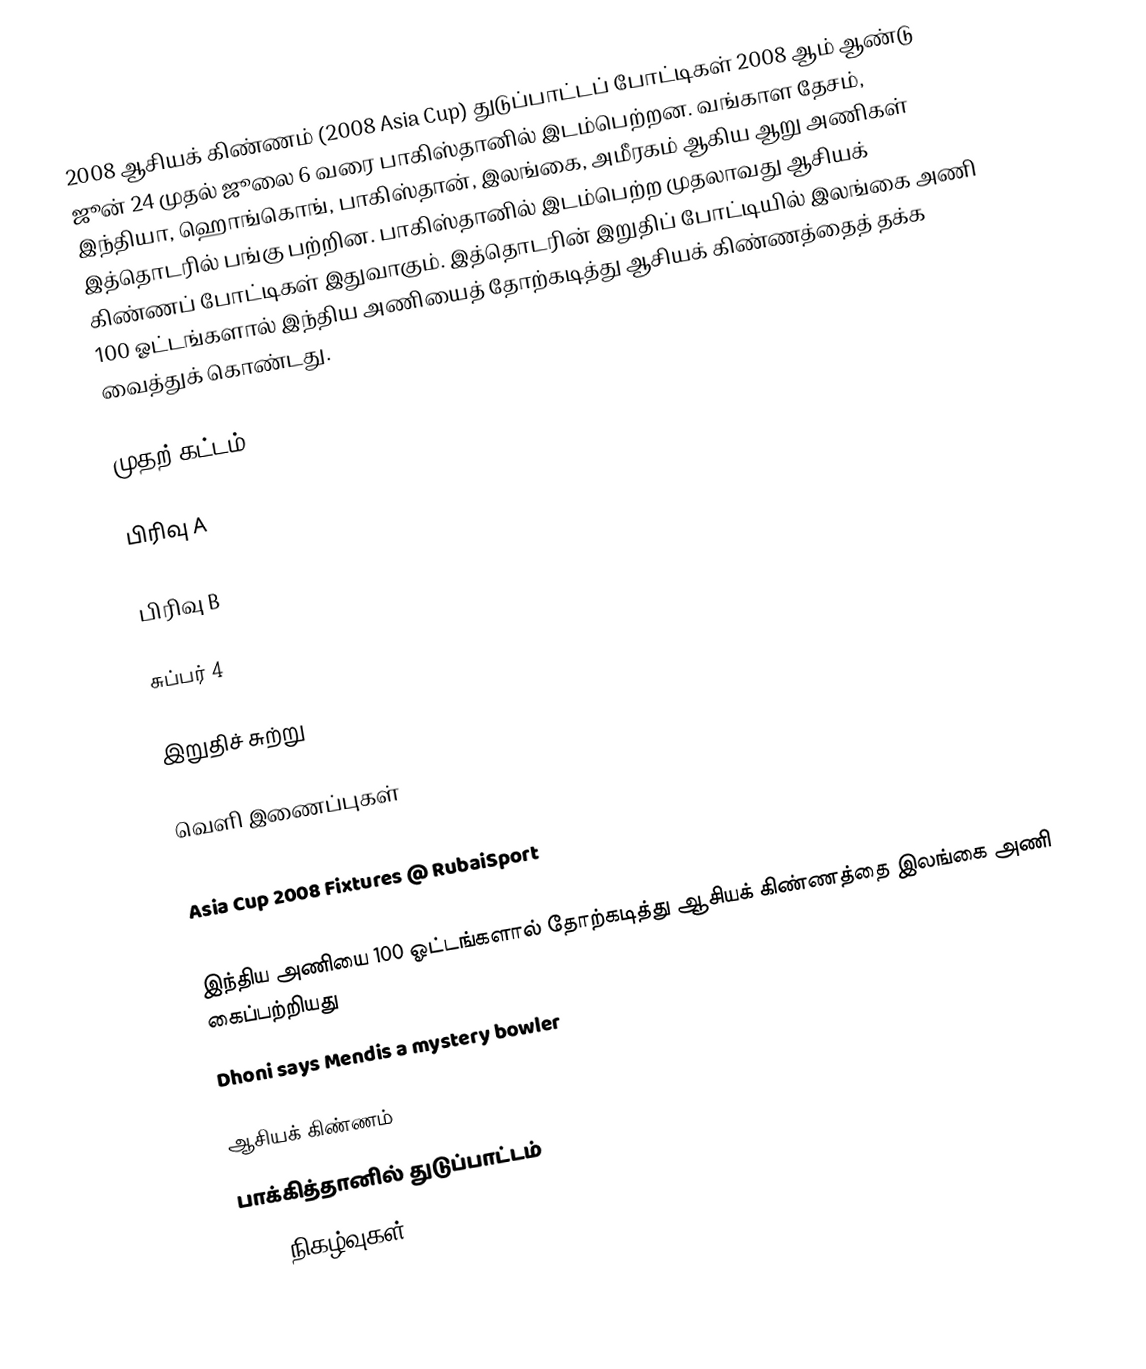
2008 ஆசியக் கிண்ணம் (2008 Asia Cup) துடுப்பாட்டப் போட்டிகள் 2008 ஆம் ஆண்டு ஜூன் 24 முதல் ஜூலை 6 வரை பாகிஸ்தானில் இடம்பெற்றன. வங்காள தேசம், இந்தியா, ஹொங்கொங், பாகிஸ்தான், இலங்கை, அமீரகம் ஆகிய ஆறு அணிகள் இத்தொடரில் பங்கு பற்றின. பாகிஸ்தானில் இடம்பெற்ற முதலாவது ஆசியக் கிண்ணப் போட்டிகள் இதுவாகும். இத்தொடரின் இறுதிப் போட்டியில் இலங்கை அணி 100 ஓட்டங்களால் இந்திய அணியைத் தோற்கடித்து ஆசியக் கிண்ணத்தைத் தக்க வைத்துக் கொண்டது.

முதற் கட்டம்

பிரிவு A

பிரிவு B

சுப்பர் 4

இறுதிச் சுற்று

வெளி இணைப்புகள்
Asia Cup 2008 Schedule & News
Asia Cup 2008 Fixtures @ RubaiSport
Asia Cup Schedule in local time
இந்திய அணியை 100 ஓட்டங்களால் தோற்கடித்து ஆசியக் கிண்ணத்தை இலங்கை அணி கைப்பற்றியது
Dhoni says Mendis a mystery bowler

ஆசியக் கிண்ணம்
பாக்கித்தானில் துடுப்பாட்டம்
2008 நிகழ்வுகள்